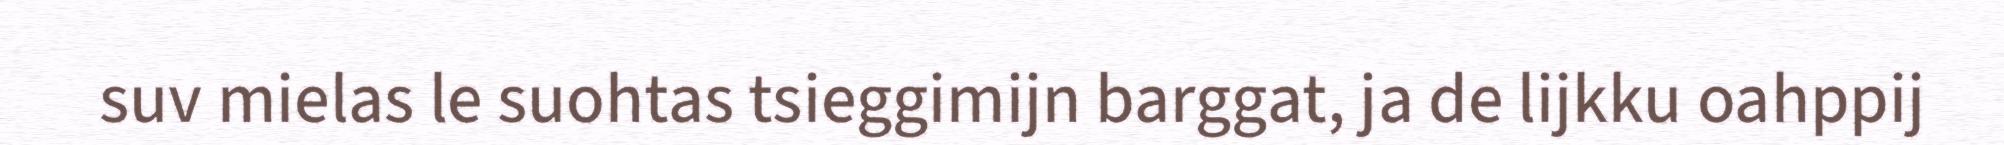
suv mielas le suohtas tsieggimijn barggat, ja de lijkku oahppij